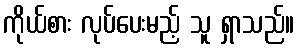
ကိုယ်စား လုပ်ပေးမည့် သူ ရှာသည်။